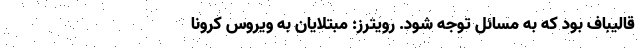
قالیباف بود که به مسائل توجه شود. رویترز: مبتلایان به ویروس کرونا